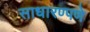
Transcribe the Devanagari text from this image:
साधारण्पणे